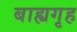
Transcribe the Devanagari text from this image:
बाह्यगृह